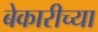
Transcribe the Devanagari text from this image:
बेकारीच्या